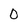
Character: 0